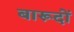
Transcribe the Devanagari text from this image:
बारूदों